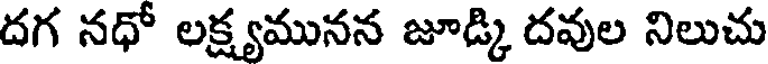
దగ నధో లక్ష్యమునన జూడ్కి దవుల నిలుచు